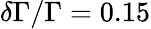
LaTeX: \delta\Gamma/\Gamma=0.15